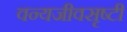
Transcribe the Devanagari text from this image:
वन्यजीवसृष्टी